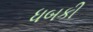
ધબકી